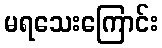
မရသေးကြောင်း